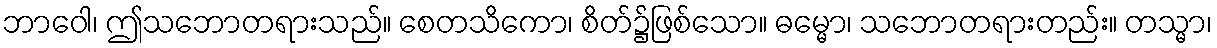
ဘာဝေါ၊ ဤသဘောတရားသည်။ စေတသိကော၊ စိတ်၌ဖြစ်သော။ ဓမ္မော၊ သဘောတရားတည်း။ တသ္မာ၊